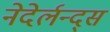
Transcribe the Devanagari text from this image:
नेदेर्लन्द्स